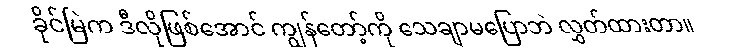
ခိုင်မြဲက ဒီလိုဖြစ်အောင် ကျွန်တော့်ကို သေချာမပြောဘဲ လွှတ်ထားတာ။